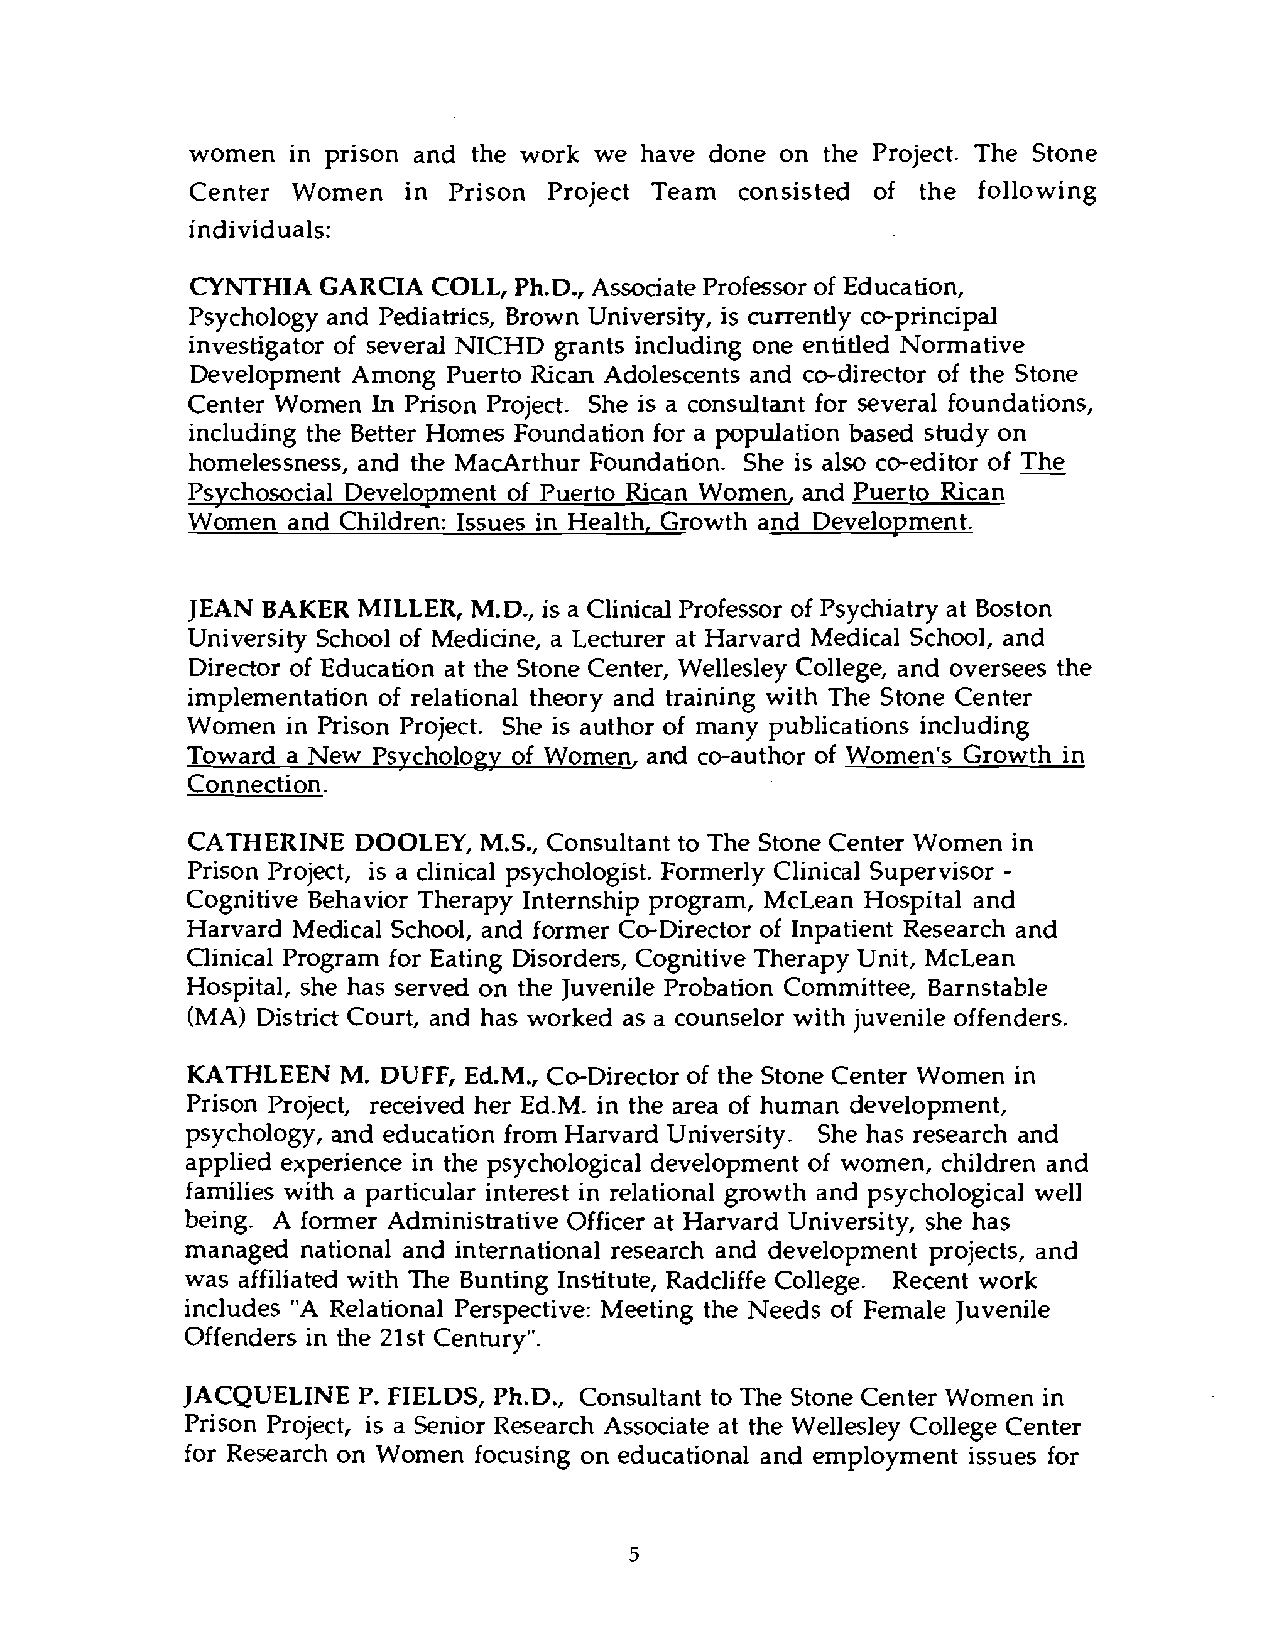
women  in prison and the work we have done on the Project. The Stone
 Center Women  in Prison Project Team consisted of the following
 individuals:
 CYNTHIA GARCIA  COLL, Ph.D., Associate Professor of Education,
 Psychology and Pediatrics, Brown University, is currently co-principal
 investigator of several NICHD grants including one entitled Normative
 Development Among Puerto Rican Adolescents and co-director of the Stone
 Center Women In Prison Project. She is a consultant for several foundations,
 including the Better Homes Foundation for a population based study on
 homelessness, and the MacArthur Foundation. She is also co-editor of
 Psvchosocial Development of Puerto Rican Women, and Puerto Rican
 Women  and Children: Issues in Health, Growth and Development.
 JEAN BAKER  MILLER, M.D., is a Clinical Professor of Psychiatry at Boston
 University School of Medicine, a Lecturer at Harvard Medical School, and
 Director of Education at the Stone Center, Wellesley College, and oversees the
 implementation of relational theory and training with The Stone Center
 Women  in Prison Project. She is author of many publications including
 Toward a New Psvcholoav of Women, and co-author of Women's Growth in
 Connection.
 CATHERINE   DOOLEY, M.S., Consultant to The Stone Center Women in
 Prison Project, is a clinical psychologist. Formerly Clinical Supervisor -
 Cognitive Behavior Therapy Internship program, McLean Hospital and
 Harvard Medical School, and former Co-Director of Inpatient Research and
 Clinical Program for Eating Disorders, Cognitive Therapy Unit, McLean
 Hospital, she has served on the Juvenile Probation Committee, Barnstable
 (MA) District Court, and has worked as a counselor with juvenile offenders.
 KATHLEEN   M. DUFF, Ed.M., Co-Director of the Stone Center Women in
 Prison Project, received her Ed.M. in the area of human development,
 psychology, and education from Harvard University. She has research and
 applied experience in the psychological development of women, children and
 families with a particular interest in relational growth and psychological well
 being. A former Administrative Officer at Harvard University, she has
 managed national and international research and development projects, and
 was affiliated with The Bunting Institute, Radcliffe College. Recent work
 includes "A Relational Perspective: Meeting the Needs of Female Juvenile
 Offenders in the 21st Century".
 JACQUELINE  P. FIELDS, Ph.D., Consultant to The Stone Center Women in
 Prison Project, is a Senior Research Associate at the Wellesley College Center
 for Research on Women focusing on educational and employment issues for